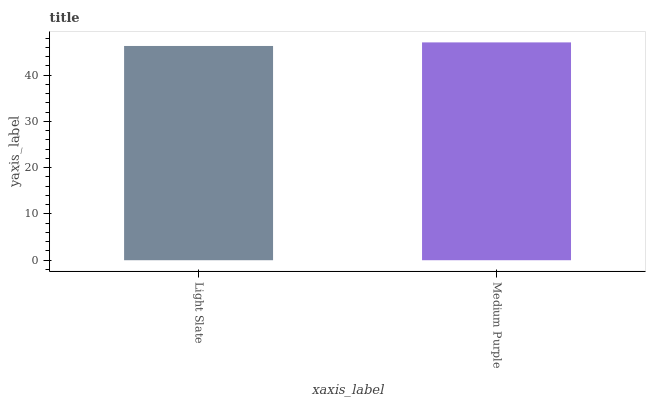
| xaxis_label | bars |
 | --- | --- |
 | Light Slate | 46.3 |
 | Medium Purple | 47.1 |